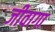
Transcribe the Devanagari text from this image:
जीवागा